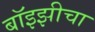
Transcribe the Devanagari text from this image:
बॉइझीचा